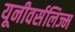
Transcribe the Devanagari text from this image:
यूनीवर्सलिज्म